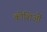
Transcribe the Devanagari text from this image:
कोशिओं